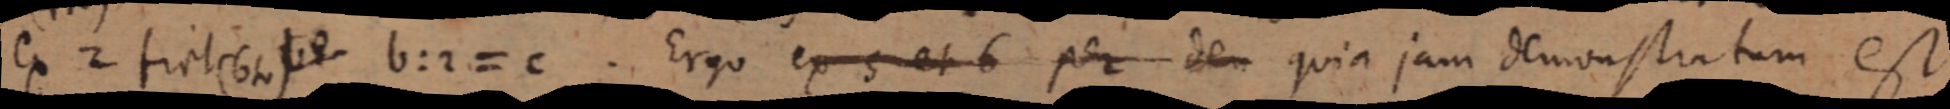
ex 2 fiet (6 te) b: 2 = c. Ergo ex 5 et 6 per den quia jam demonstratum est